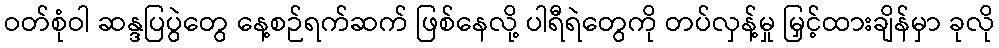
ဝတ်စုံဝါ ဆန္ဒပြပွဲတွေ နေ့စဉ်ရက်ဆက် ဖြစ်နေလို့ ပါရီရဲတွေကို တပ်လှန့်မှု မြှင့်ထားချိန်မှာ ခုလို